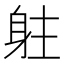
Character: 𨈫